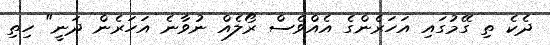
ދެކެ ތި ގޭމުގައި އަހަރެންގެ އެއްވެސް ރޯލެއް ނުވާނެ އަހަރެން ދަނީ" ހިތި